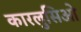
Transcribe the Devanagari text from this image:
कारलुसिओ